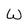
Character: W